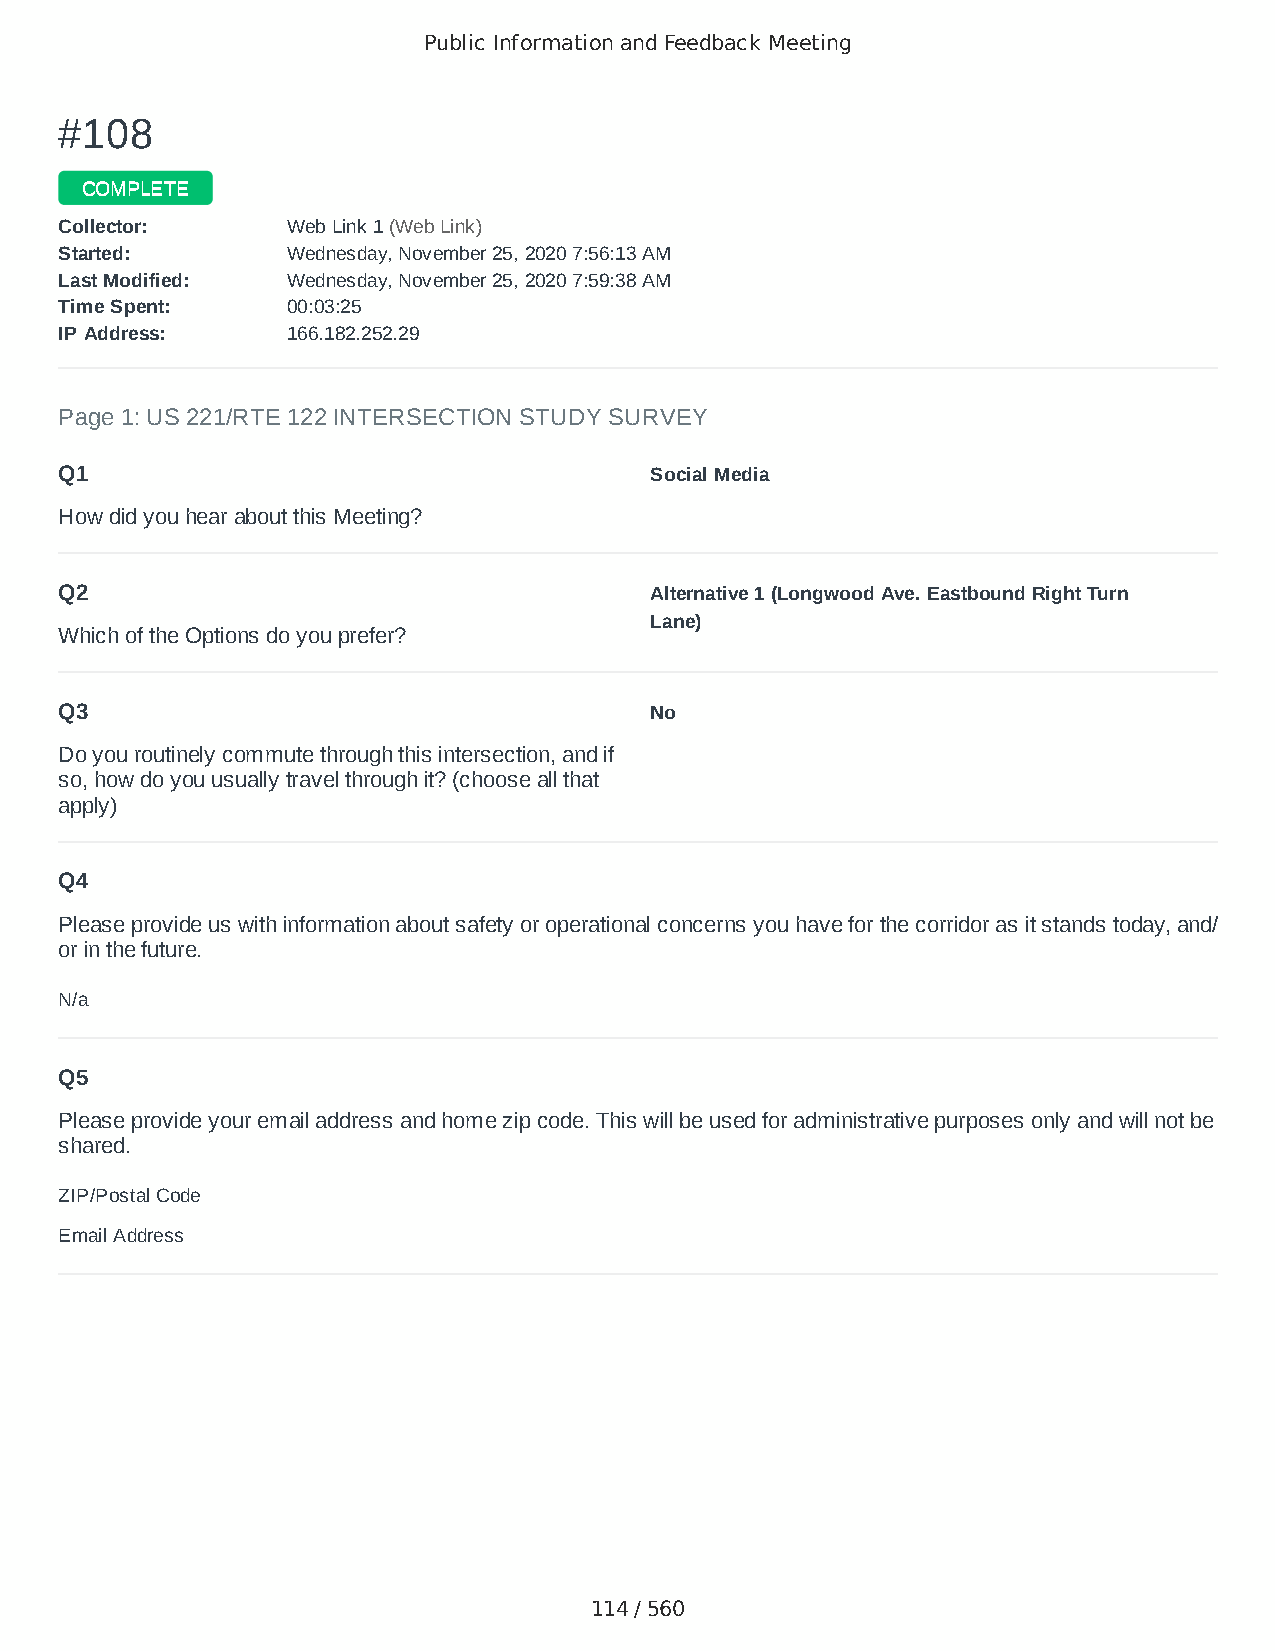
Public Information and Feedback Meeting
 ##110088
 CCOOMMPPLLEETTEE
 CCoolllleeccttoorr:: WWeebb LLiinnkk 11 ((WWeebb LLiinnkk))
 SSttaarrtteedd:: WWeeddnneessddaayy,, NNoovveemmbbeerr 2255,, 22002200 77::5566::1133 AAMM
 LLaasstt MMooddiiffiieedd:: WWeeddnneessddaayy,, NNoovveemmbbeerr 2255,, 22002200 77::5599::3388 AAMM
 TTiimmee SSppeenntt:: 0000::0033::2255
 IIPP AAddddrreessss:: 116666..118822..225522..2299
 Page 1: US 221/RTE 122 INTERSECTION STUDY SURVEY
 Q1                                     Social Media
 How did you hear about this Meeting?
 Q2                                     Alternative 1 (Longwood Ave. Eastbound Right Turn
 Lane)
 Which of the Options do you prefer?
 Q3                                     No
 Do you routinely commute through this intersection, and if
 so, how do you usually travel through it? (choose all that
 apply)
 Q4
 Please provide us with information about safety or operational concerns you have for the corridor as it stands today, and/
 or in the future.
 N/a
 Q5
 Please provide your email address and home zip code. This will be used for administrative purposes only and will not be
 shared.
 ZIP/Postal Code                        24523
 Email Address                          chelsea.clemons11@gmail.com
 114 / 560